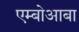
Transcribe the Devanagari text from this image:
एम्बोआबा